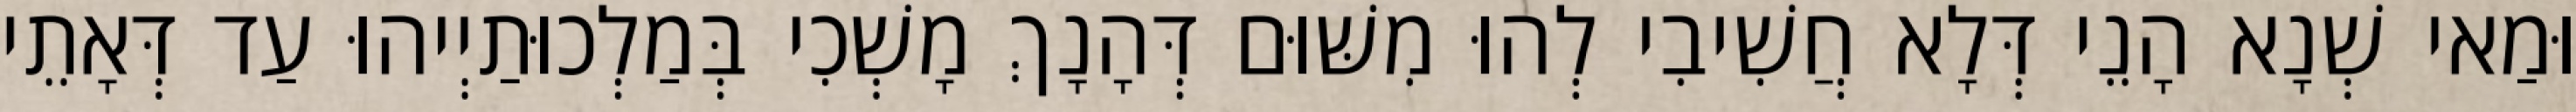
וּמַאי שְׁנָא הָנֵי דְּלָא חֲשִׁיבִי לְהוּ מִשּׁוּם דְּהָנָךְ מָשְׁכִי בְּמַלְכוּתַיְיהוּ עַד דְּאָתֵי